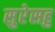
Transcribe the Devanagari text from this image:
सुरेसहु